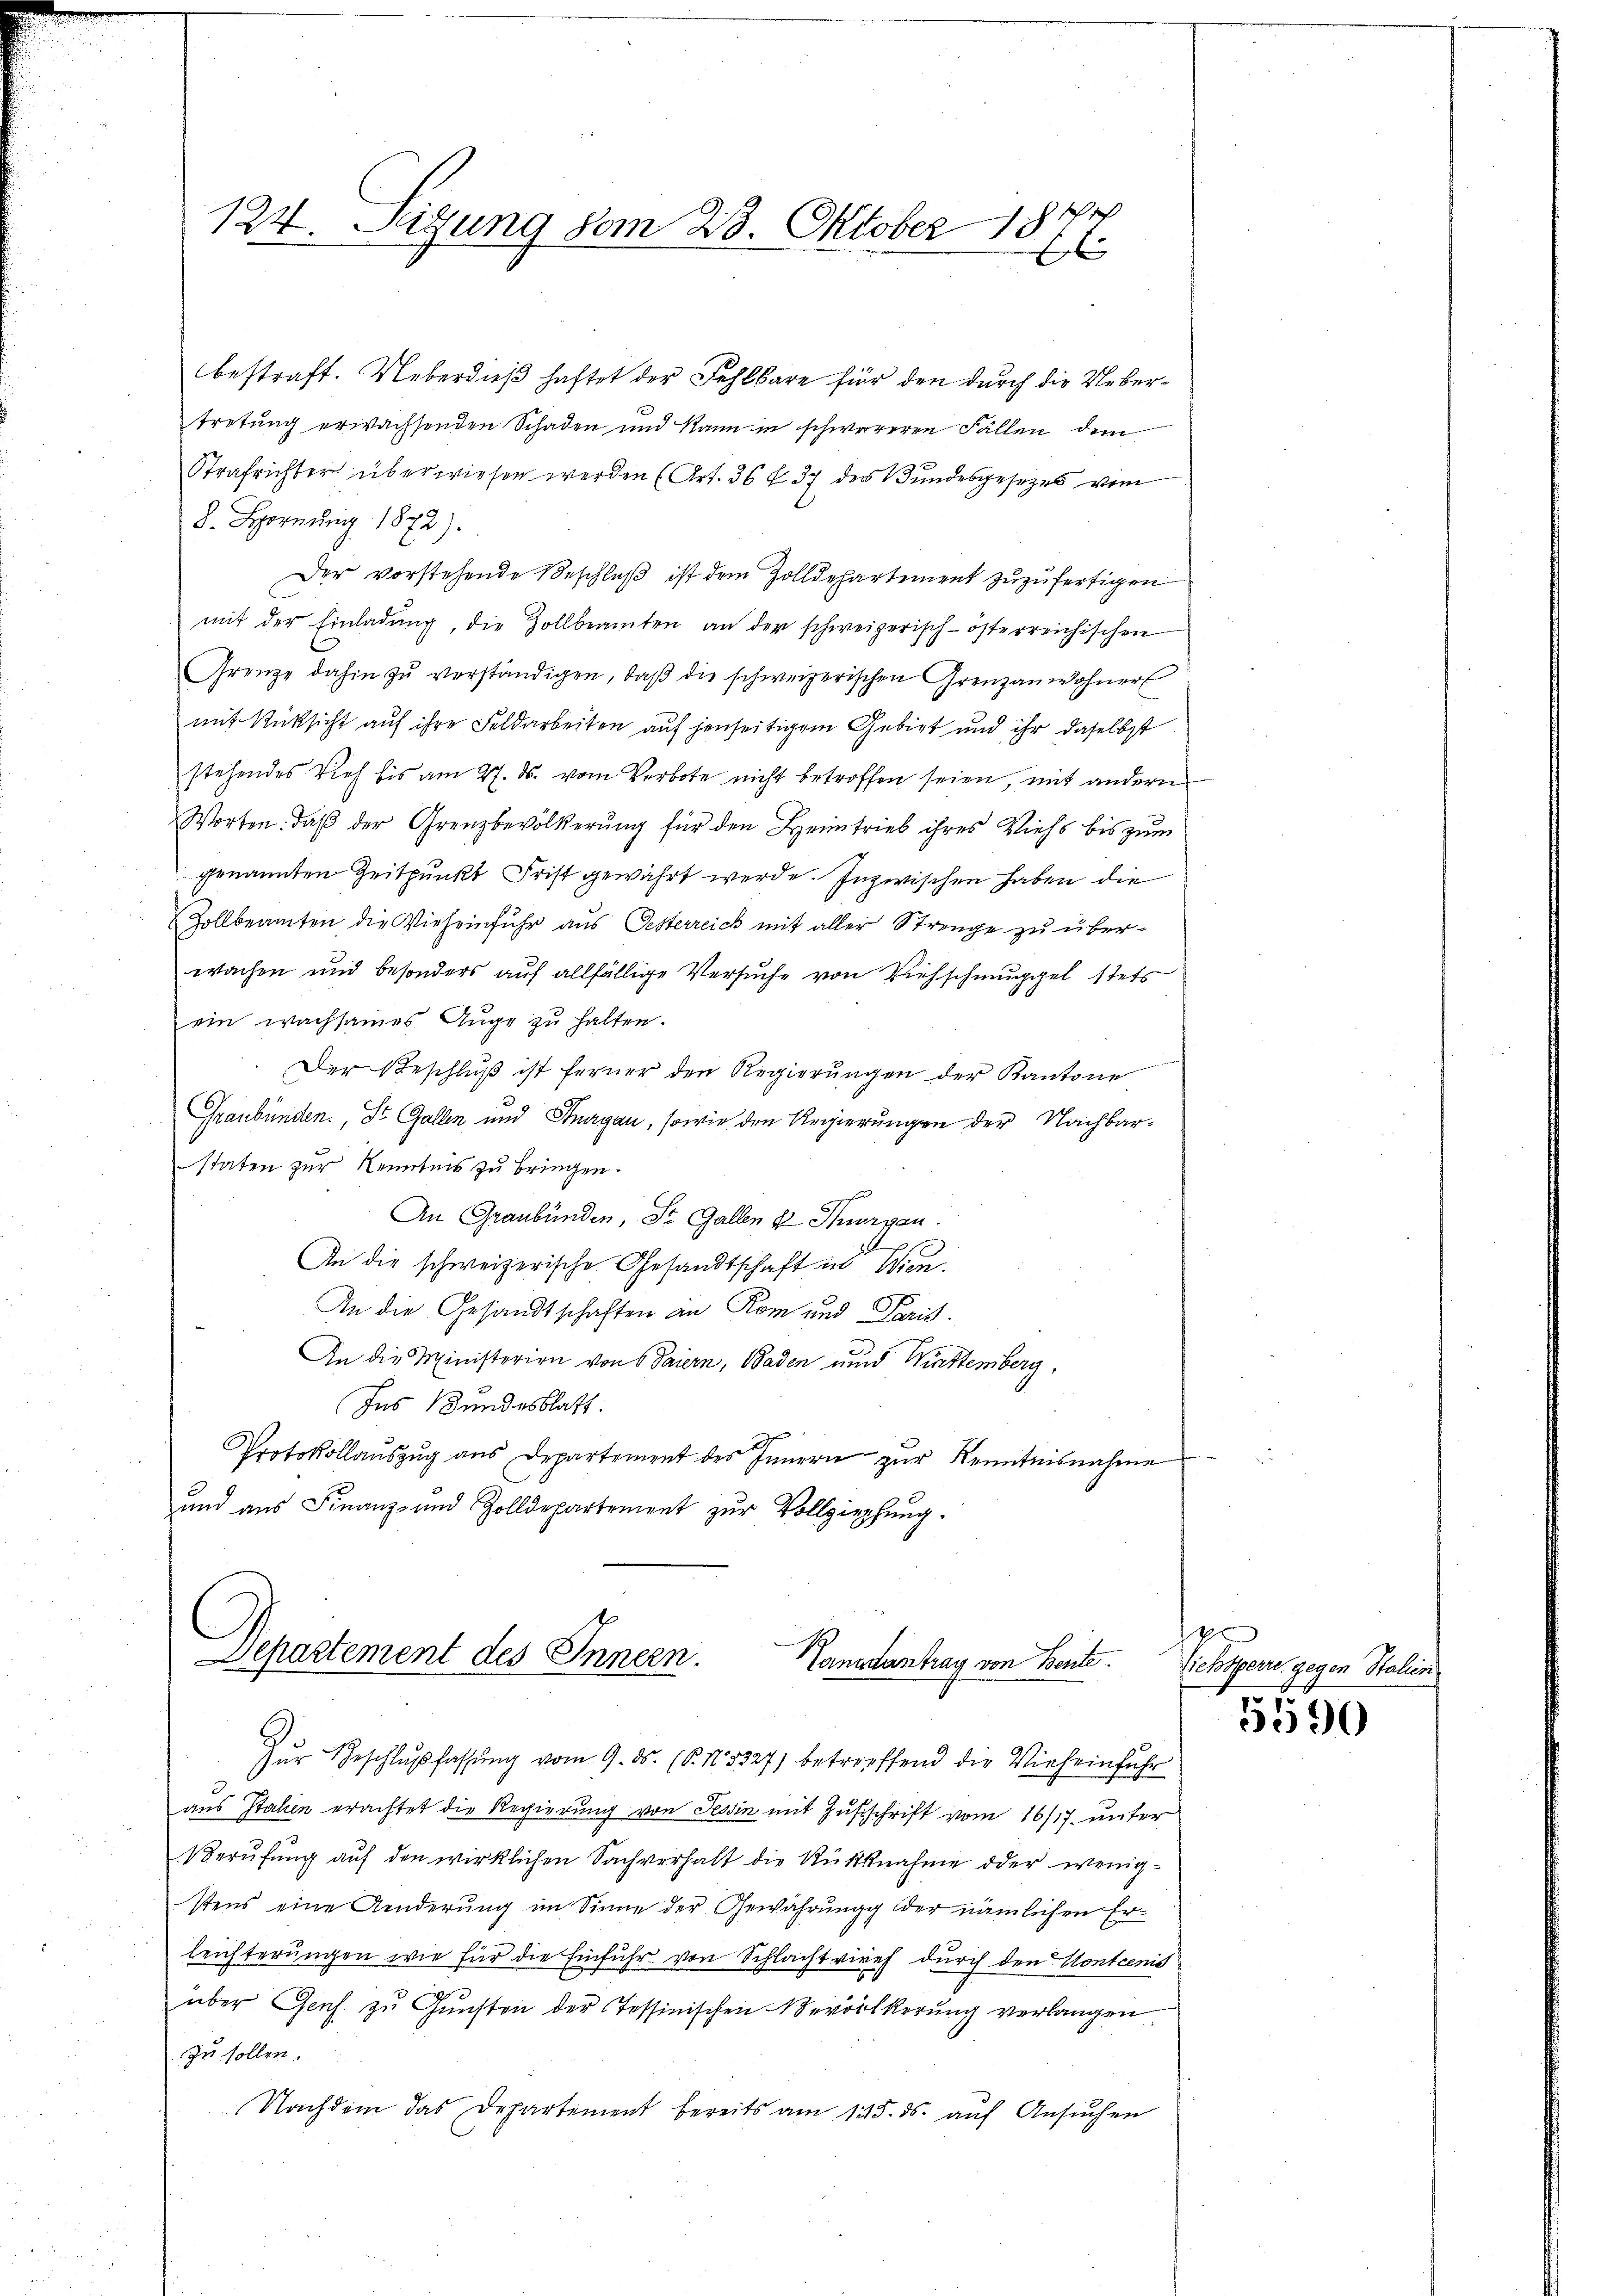
124. Seizung vom 23. Oktober 184
6

bestraft. Ueberdieß haftet der Fehlbare für den durch die Uebertretung erwachsenden Schaden und kann in schwereren Fällen dem
Strafrichter überwiesen werden (Art. 36 f 37 des Bundesgesezes vom
8. Hornung 1872).
Der vorstehende Beschluß ist dem Zolldepartement zuzufertigen
mit der Einladung, die Zollbeamten an der schweizerisch-österreichischen
Grenze dahin zŭ verständigen, daβ die schweizerischen Grenzanwohner
mit Rücksicht auf ihre Feldarbeiten auf jenseitigem Gebiet und ihr daselbst
stehendes Vieh bis am 27. ds. vom Verbote nicht betroffen seien, mit andern
Worten. daβ der Grenzbevölkerŭng für den Heimtrieb ihres Viehs bis zŭm
genannten Zeitpunkt Frist gewährt werde. Inzwischen haben die
Zollbeamten die Vieheinfuhr aus Oesterreich mit aller Strenge zu über-
wachen und besonders auf allfällige Versuche von Viehschmuggel stets
ein wachsames Auge zu halten.
Der Beschlŭβ ist ferner den Regierŭngen der Kantone
Graubünden. St. Gallen und Knagan, sowie den Regierungen der Nachbarstaten zur Kenntnis zu bringen.
An Graubünden, St. Gallen & Thurgau.
.
An die schweizerische Gesandtschaft in Wien.
An die Gesandtschaften an Rom und Paris
An die Ministerien von 6 Paiern, Baden und Wirttemberg,
Ins Bundesblatt.
Protokollaŭszŭg aŭs Departement des Innern zŭr Kenntnisnahme
und aus Finanz- und Zolldepartement zur Vollziehung.

Departement des Innern.
Tanadantrag von Bente.

Zur Beschlußfassung vom 9. ds. (§. 185327) betreffend die Vieheinfuhr
aus Stahen erachtet die Regierung von Tessin mit Zuschrift vom 16/17. unter
Berufung auf den wirklichen Sachverhalt die Rücknahme oder wenigstens eine Aenderung im Sinne der Gewährung der nämlichen Erleichterungen wie für die Einfuhr von Schlachtviref durch den Kontcenis
über Genf. zu Gunsten der Tessinischen Vervölkerung verlangen
zu sollen.
Nachdem das Departement bereits am 125. ds. auf Ansuchen

g
Siehsperre gegen Stalien
5590